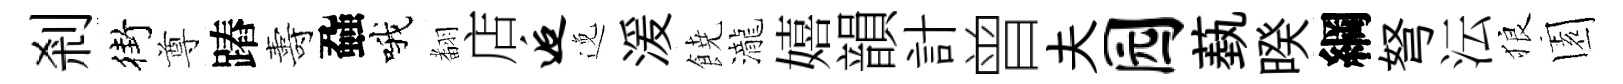
剎街尊蹖夀蝨哦𮋒店逅𨓜湲𩜙瀧嬉韻計曾夫园蓺暌綱弩沄狼園